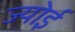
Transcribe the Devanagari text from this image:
ज्योई